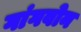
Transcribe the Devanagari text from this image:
गांगवोन